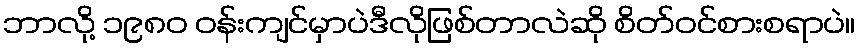
ဘာလို့ ၁၉၈၀ ဝန်းကျင်မှာပဲဒီလိုဖြစ်တာလဲဆို စိတ်ဝင်စားစရာပဲ။